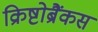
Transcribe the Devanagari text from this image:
क्रिष्टोब्रैंकस